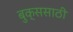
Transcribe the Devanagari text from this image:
बुक्ससाठी